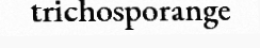
trichosporange